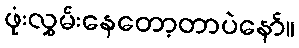
ဖုံးလွှမ်းနေတော့တာပဲနော်။